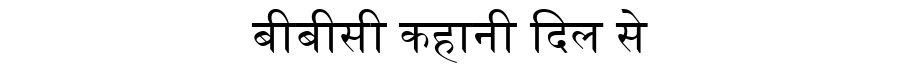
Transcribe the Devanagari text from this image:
बीबीसी कहानी दिल से